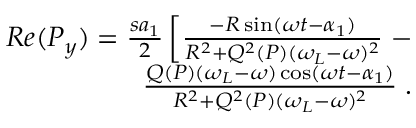
\begin{array} { r } { ~ R e ( P _ { y } ) = \frac { s a _ { 1 } } { 2 } \left[ \frac { - R \sin ( \omega t - \alpha _ { 1 } ) } { R ^ { 2 } + Q ^ { 2 } ( P ) ( \omega _ { L } - \omega ) ^ { 2 } } \right. - } \\ { \left. \frac { Q ( P ) ( \omega _ { L } - \omega ) \cos ( \omega t - \alpha _ { 1 } ) } { R ^ { 2 } + Q ^ { 2 } ( P ) ( \omega _ { L } - \omega ) ^ { 2 } } \right. . } \end{array}